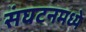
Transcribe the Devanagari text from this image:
संघटनमध्ये